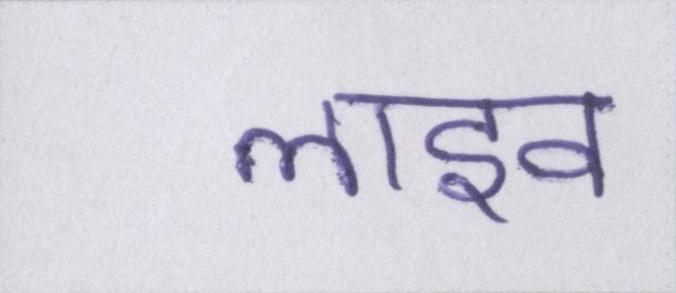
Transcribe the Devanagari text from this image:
लाइव